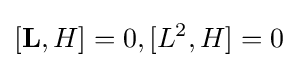
[\mathbf {L} ,H]=0,[L^{2},H]=0